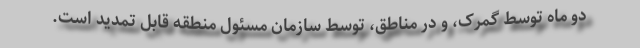
دو ماه توسط گمرک، و در مناطق، توسط سازمان مسئول منطقه قابل تمدید است.